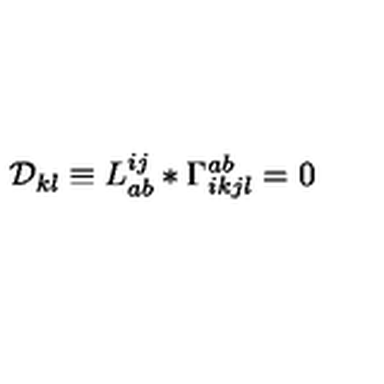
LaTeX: { \cal D } _ { k l } \equiv L _ { a b } ^ { i j } * \Gamma _ { i k j l } ^ { a b } = 0